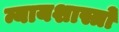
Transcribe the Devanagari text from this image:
न्यायशास्त्रों